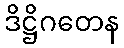
ဒိဋ္ဌိဂတေန